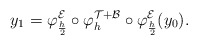
\begin{align*} y_1 = \varphi_{\frac{h}{2}}^{\mathcal{E}} \circ \varphi_h^{\mathcal{T} + \mathcal{B}} \circ \varphi_{\frac{h}{2}}^{\mathcal{E}} (y_0).\end{align*}